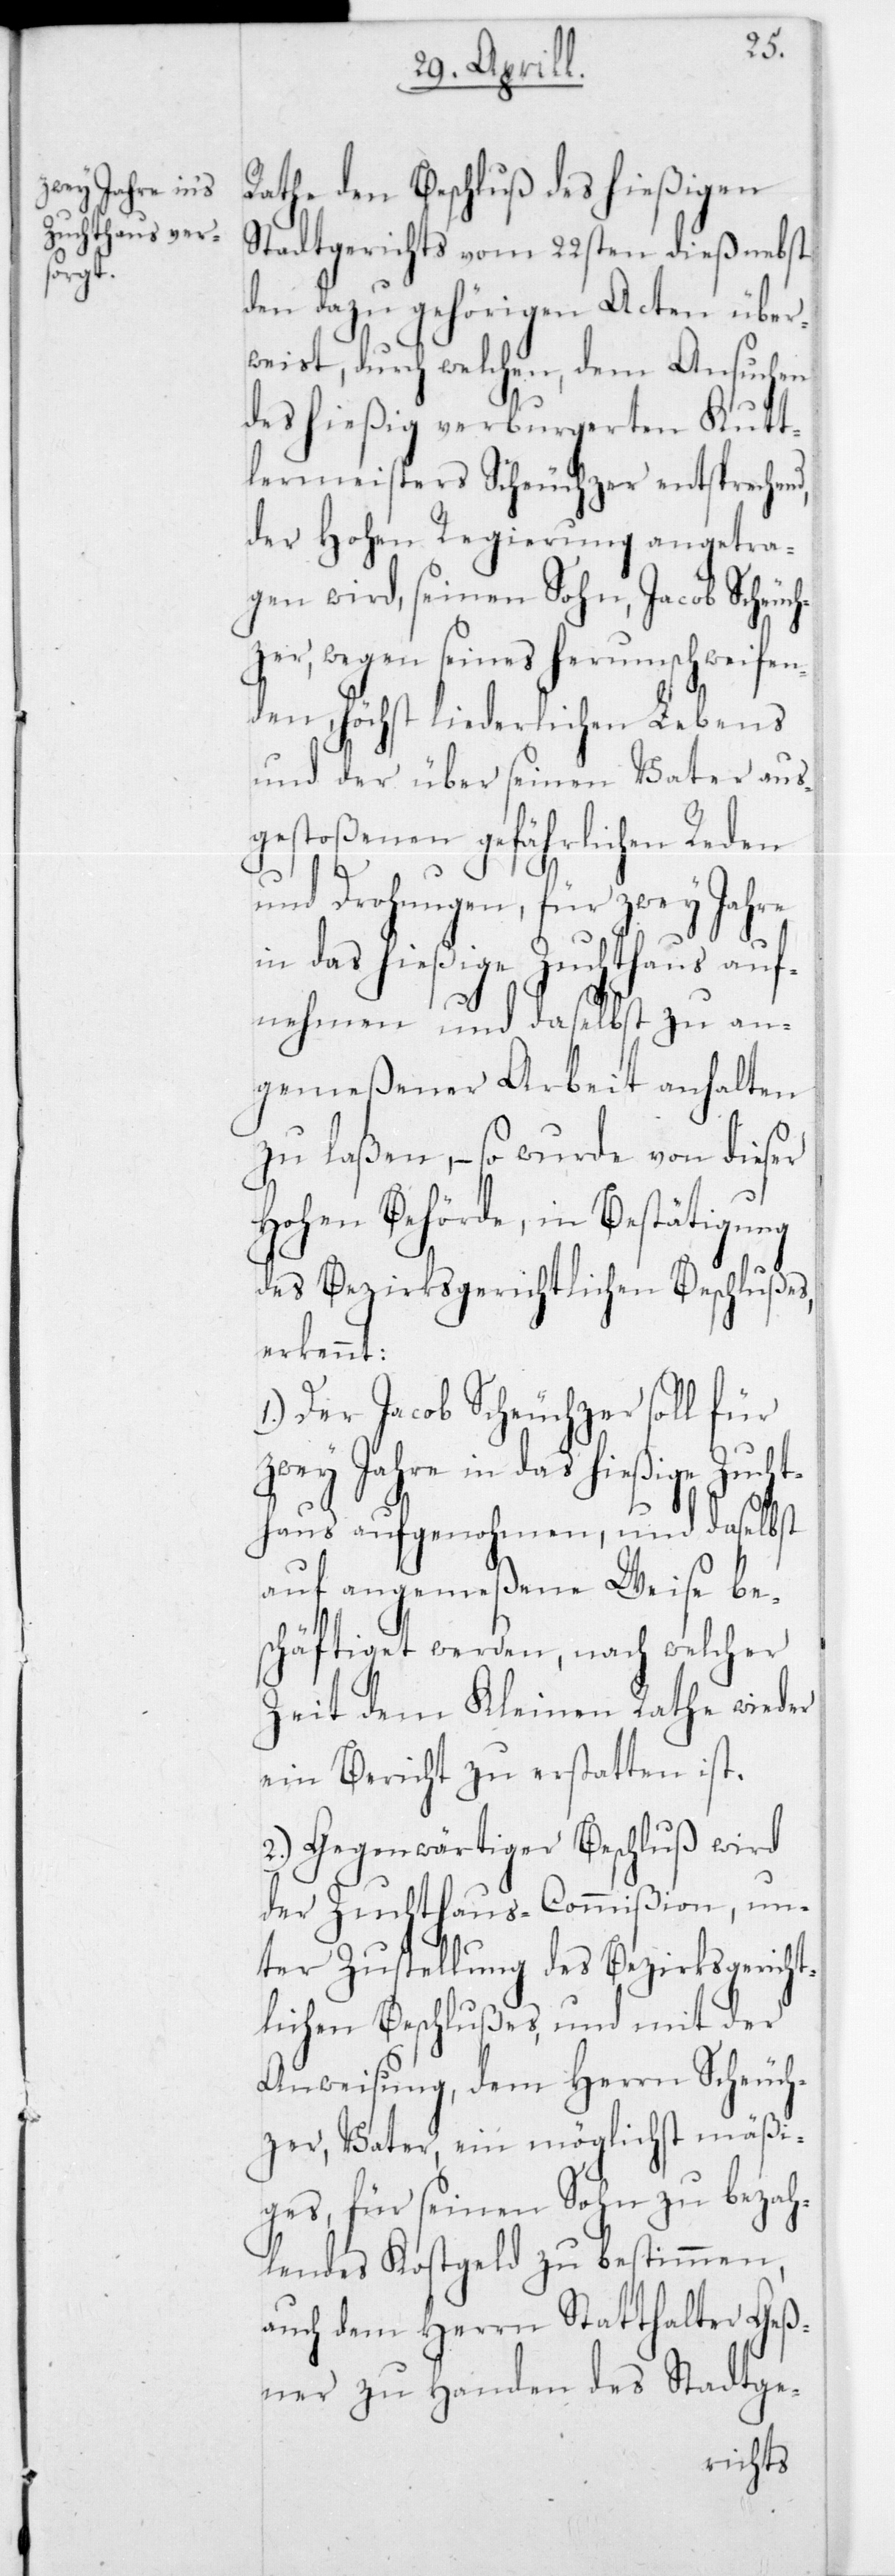
Rathe den Beschluß des hießigen
Stadtgerichts vom 22sten dieß nebst
den dazu gehörigen Acten über¬
weist, durch welchen, dem Ansuchen
des hießig verburgereten Kutt¬
lermeisters Scheuchzer entsprechend,
der Hohen Regierung angetra¬
gen wird, seinen Sohn, Jacob Scheuch¬
zer, wegen seines herumschweifen¬
den, höchst liederlichen Lebens
und der über seinen Vater aus¬
gestoßenen gefährlichen Reden
und Drohungen, für zwey Jahre
in das hießige Zuchthaus auf¬
nehmen und daselbst zu an¬
gemeßener Arbeit anhalten
zu laßen, – so wurde von dieser
Hohen Behörde, in Bestätigung
des Bezirksgerichtlichen Beschlußes,
erkennt:
Der Jacob Scheuchzer soll für
zwey Jahre in das hießige Zucht¬
haus aufgenohmen, und daselbst
auf angemeßene Weise be¬
schäftiget werden, nach welcher
Zeit dem Kleinen Rathe wieder
ein Bericht zu erstatten ist.
2.) Gegenwärtiger Beschluß wird
der Zuchthaus-Commißion, un¬
ter Zustellung des Bezirksgericht¬
lichen Beschlußes, und mit der
Anweisung, dem Herrn Scheuch¬
zer, Vater, ein möglichst mäßi¬
ges, für seinen Sohn zu bezah¬
lendes Kostgeld zu bestimmen,
auch dem Herrn Statthalter Geß¬
ner zu Handen des Stadtge-